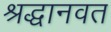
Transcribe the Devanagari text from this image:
श्रद्धानवत